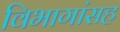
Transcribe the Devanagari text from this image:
विभागांसह